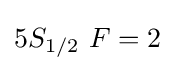
5S_{1/2}\ F=2